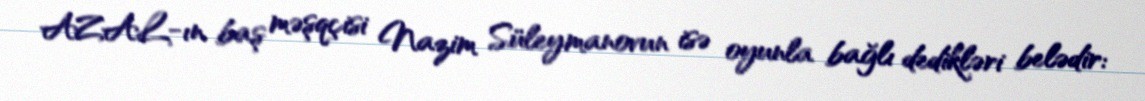
AZAL-ın baş məşqçisi Nazim Süleymanovun isə oyunla bağlı dedikləri belədir: